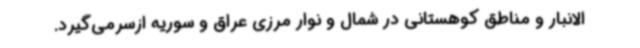
الانبار و مناطق کوهستانی در شمال و نوار مرزی عراق و سوریه ازسرمی‌گیرد.